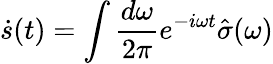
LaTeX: \dot{s}(t)=\int\frac{d\omega}{2\pi}e^{-i\omega t}\hat{\sigma}(\omega)